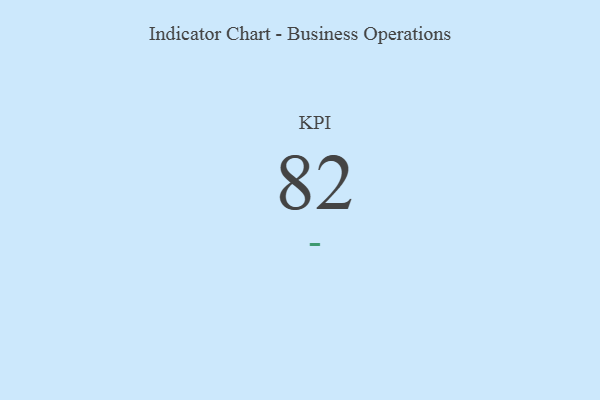
{"axis": {"x": "KPI", "y": "Value"}, "legend": [""], "data": [{"x": "KPI", "y": 82, "type": ""}]}